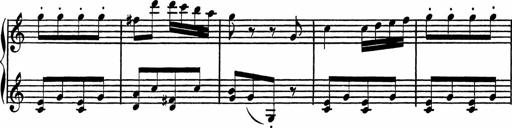
Title: 4 Piano Sonatinas
Composer: Adam Geibel